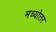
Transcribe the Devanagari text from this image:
मध्योत्तर